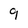
Character: 9